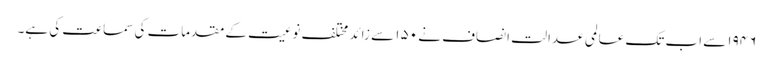
۱۹۴۶ سے اب تک عالمی عدالت انصاف نے ۱۵۰ سے زائد مختلف نوعیت کے مقدمات کی سماعت کی ہے۔